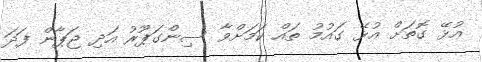
އުޅޭ ގޮތަށް އުޅޭ ގައުމު ތައް ކަމަށްވާ ސިންގަޕޫރު އަދި ޖަޕާން ފަދަ